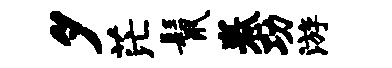
夕茫鬣卷功游